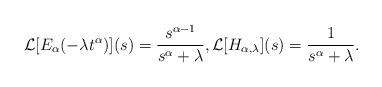
LaTeX: \begin{align*} \mathcal{L}[E_{\alpha}(-\lambda t^{\alpha})](s)=\frac{s^{\alpha-1}}{s^{\alpha}+\lambda}, \mathcal{L}[H_{\alpha,\lambda}](s)=\frac{1}{s^{\alpha}+\lambda}.\end{align*}